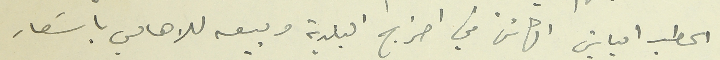
الحطب الباقى الكائن في احراج البلدية وبيعه للاهالي باسَعار